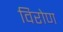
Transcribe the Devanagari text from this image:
विरोण